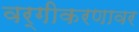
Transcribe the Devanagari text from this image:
वर्गीकरणावर